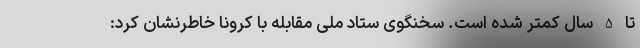
تا 5 سال کمتر شده است. سخنگوی ستاد ملی مقابله با کرونا خاطرنشان کرد: